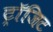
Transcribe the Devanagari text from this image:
ट्रॉजिट